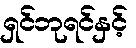
ရှင်ဘုရင်နှင့်